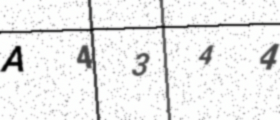
Text: A4344